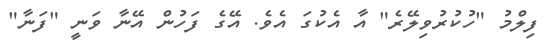
ފިލްމު "ހުކުރުވިލޭރެ" އާ އެކުގަ އެވެ. އޭގެ ފަހުން އޭނާ ވަނީ "ފަނާ"